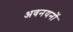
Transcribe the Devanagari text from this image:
अवनयनों